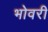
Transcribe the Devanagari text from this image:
भोवरी